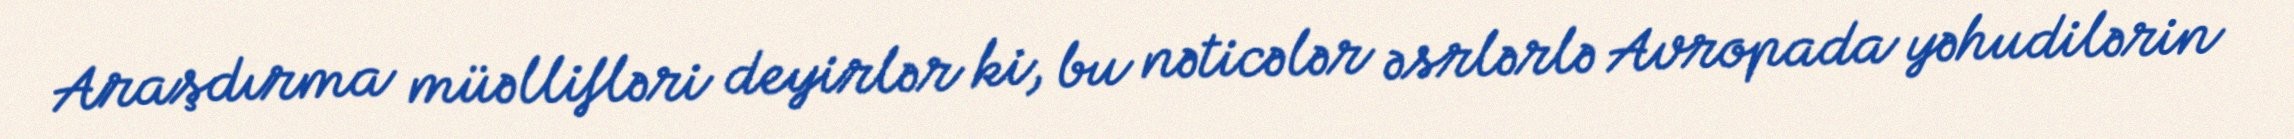
Araşdırma müəllifləri deyirlər ki, bu nəticələr əsrlərlə Avropada yəhudilərin